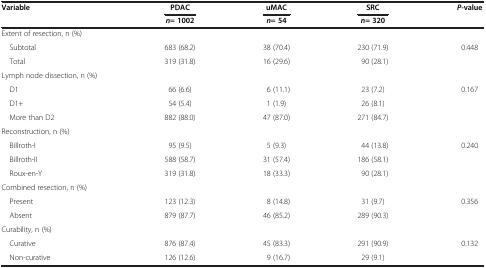
<table><thead><tr><td rowspan="2"><b>Variable</b></td><td><b>PDAC</b></td><td><b>uMAC</b></td><td><b>SRC</b></td><td rowspan="2"><b><i>P-</i>value</b></td></tr><tr><td><b><i>n</i>= 1002</b></td><td><b><i>n</i>= 54</b></td><td><b><i>n</i>= 320</b></td></tr></thead><tbody><tr><td>Extent of resection, n (%)</td><td> </td><td> </td><td> </td><td> </td></tr><tr><td> Subtotal</td><td>683 (68.2)</td><td>38 (70.4)</td><td>230 (71.9)</td><td>0.448</td></tr><tr><td> Total</td><td>319 (31.8)</td><td>16 (29.6)</td><td>90 (28.1)</td><td> </td></tr><tr><td>Lymph node dissection, n (%)</td><td> </td><td> </td><td> </td><td> </td></tr><tr><td> D1</td><td>66 (6.6)</td><td>6 (11.1)</td><td>23 (7.2)</td><td>0.167</td></tr><tr><td> D1+</td><td>54 (5.4)</td><td>1 (1.9)</td><td>26 (8.1)</td><td> </td></tr><tr><td> More than D2</td><td>882 (88.0)</td><td>47 (87.0)</td><td>271 (84.7)</td><td> </td></tr><tr><td>Reconstruction, n (%)</td><td> </td><td> </td><td> </td><td> </td></tr><tr><td> Billroth-I</td><td>95 (9.5)</td><td>5 (9.3)</td><td>44 (13.8)</td><td>0.240</td></tr><tr><td> Billroth-II</td><td>588 (58.7)</td><td>31 (57.4)</td><td>186 (58.1)</td><td> </td></tr><tr><td> Roux-en-Y</td><td>319 (31.8)</td><td>18 (33.3)</td><td>90 (28.1)</td><td> </td></tr><tr><td>Combined resection, n (%)</td><td> </td><td> </td><td> </td><td> </td></tr><tr><td> Present</td><td>123 (12.3)</td><td>8 (14.8)</td><td>31 (9.7)</td><td>0.356</td></tr><tr><td> Absent</td><td>879 (87.7)</td><td>46 (85.2)</td><td>289 (90.3)</td><td> </td></tr><tr><td>Curability, n (%)</td><td> </td><td> </td><td> </td><td> </td></tr><tr><td> Curative</td><td>876 (87.4)</td><td>45 (83.3)</td><td>291 (90.9)</td><td>0.132</td></tr><tr><td> Non-curative</td><td>126 (12.6)</td><td>9 (16.7)</td><td>29 (9.1)</td><td> </td></tr></tbody></table>